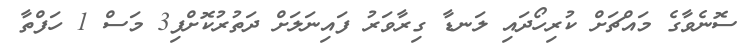
ސޮނެވާގެ މައްޗަށް ކުރިހޯދައި ލަނޑާ ގިރާވަރު ފައިނަލަށް ދަތުރުކޮށްފި3 މަސް 1 ހަފްތާ